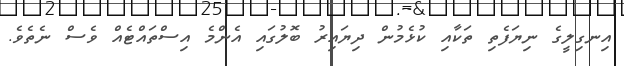
އިނގިލީގެ ނިޔަފެތި ތަކާއި ކުޅެމުން ދިޔައިރު ބޮލުގައި އެންމެ އިސްތައްޓެއް ވެސް ނެތެވެ.